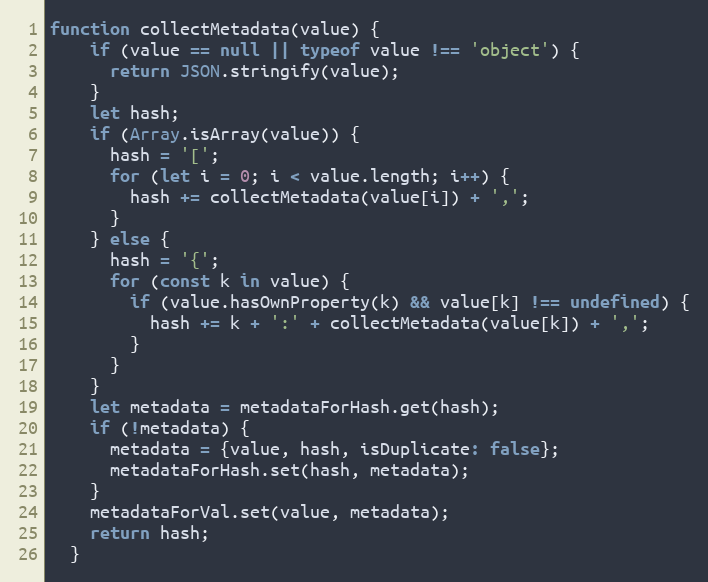
Language: JavaScript
function collectMetadata(value) {
    if (value == null || typeof value !== 'object') {
      return JSON.stringify(value);
    }
    let hash;
    if (Array.isArray(value)) {
      hash = '[';
      for (let i = 0; i < value.length; i++) {
        hash += collectMetadata(value[i]) + ',';
      }
    } else {
      hash = '{';
      for (const k in value) {
        if (value.hasOwnProperty(k) && value[k] !== undefined) {
          hash += k + ':' + collectMetadata(value[k]) + ',';
        }
      }
    }
    let metadata = metadataForHash.get(hash);
    if (!metadata) {
      metadata = {value, hash, isDuplicate: false};
      metadataForHash.set(hash, metadata);
    }
    metadataForVal.set(value, metadata);
    return hash;
  }